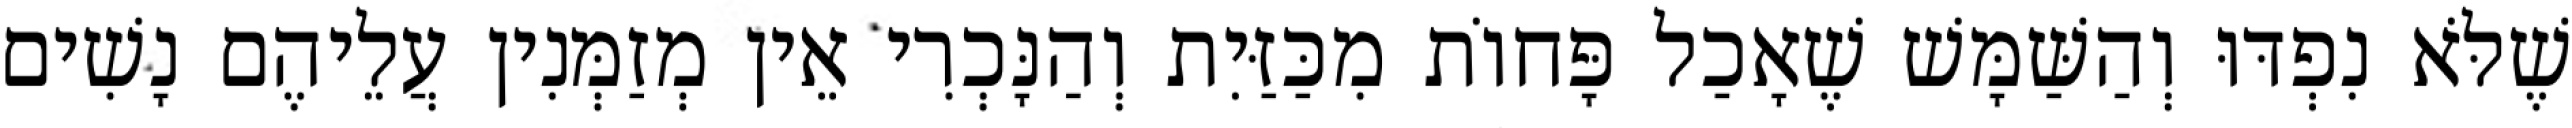
שֶׁלֹּא נִפְדּוּ וְהַשַּׁמָּשׁ שֶׁאָכַל פָּחוֹת מִכַּזַּיִת וְהַנָּכְרִי אֵין מְזַמְּנִין עֲלֵיהֶם נָשִׁים